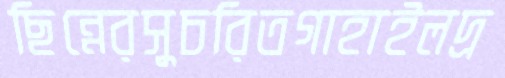
ছিন্নেরসুচরিতগাহাইলদ্র